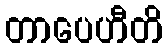
တာပေဟီတိ